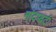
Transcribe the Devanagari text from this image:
मांटफर्ट